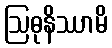
ဩဓုနိဿာမိ